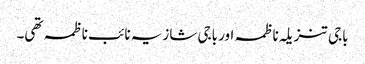
باجی تنزیلہ ناظمہ اور باجی شازیہ نائب ناظمہ تھی۔